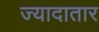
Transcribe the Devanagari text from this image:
ज्यादातार